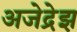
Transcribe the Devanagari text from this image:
अजेद्रेझ